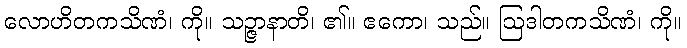
လောဟိတကသိဏံ၊ ကို။ သဉ္ဇာနာတိ၊ ၏။ ဧကော၊ သည်။ ဩဒါတကသိဏံ၊ ကို။